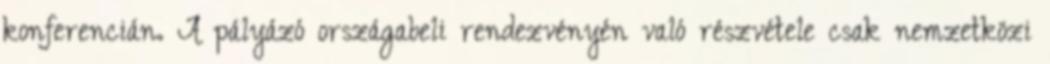
konferencián. A pályázó országabeli rendezvényén való részvétele csak nemzetközi